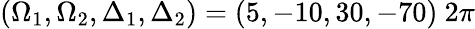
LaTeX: (\Omega_{1},\Omega_{2},\Delta_{1},\Delta_{2})=(5,-10,30,-70)~2\pi